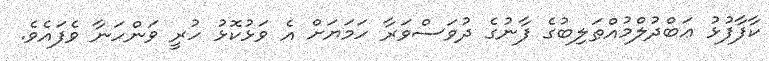
ކާފާފުޅު ޢަބްދުލްމުއްޠަލިބުގެ ފާނުގެ ދުވަސްވަރާ ހަމަޔަށް އެ ވަޅުކޮޅު ހުރީ ވަންހަނާ ވެފައެވެ.